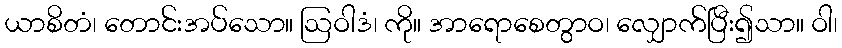
ယာစိတံ၊ တောင်းအပ်သော။ ဩဝါဒံ၊ ကို။ အာရောစေတွာဝ၊ လျှောက်ပြီး၍သာ။ ဝါ၊